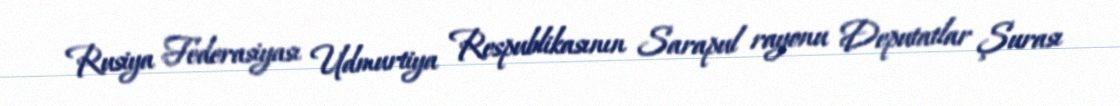
Rusiya Federasiyası Udmurtiya Respublikasının Sarapul rayonu Deputatlar Şurası